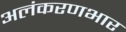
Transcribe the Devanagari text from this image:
अलंकरणभार